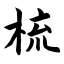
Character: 梳